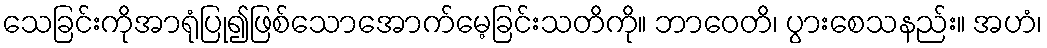
သေခြင်းကိုအာရုံပြု၍ဖြစ်သောအောက်မေ့ခြင်းသတိကို။ ဘာဝေတိ၊ ပွားစေသနည်း။ အဟံ၊